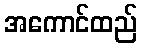
အကောင်ထည်